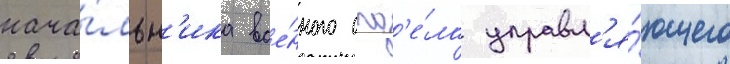
нача́льн'ика вое́нного отд'е́ла управл'я́ющего